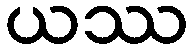
ယဿ